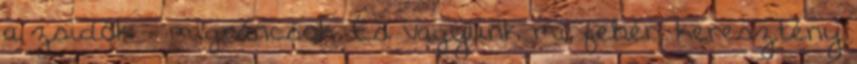
a zsidók migráncsok. És vagyunk mi, fehér, keresztény